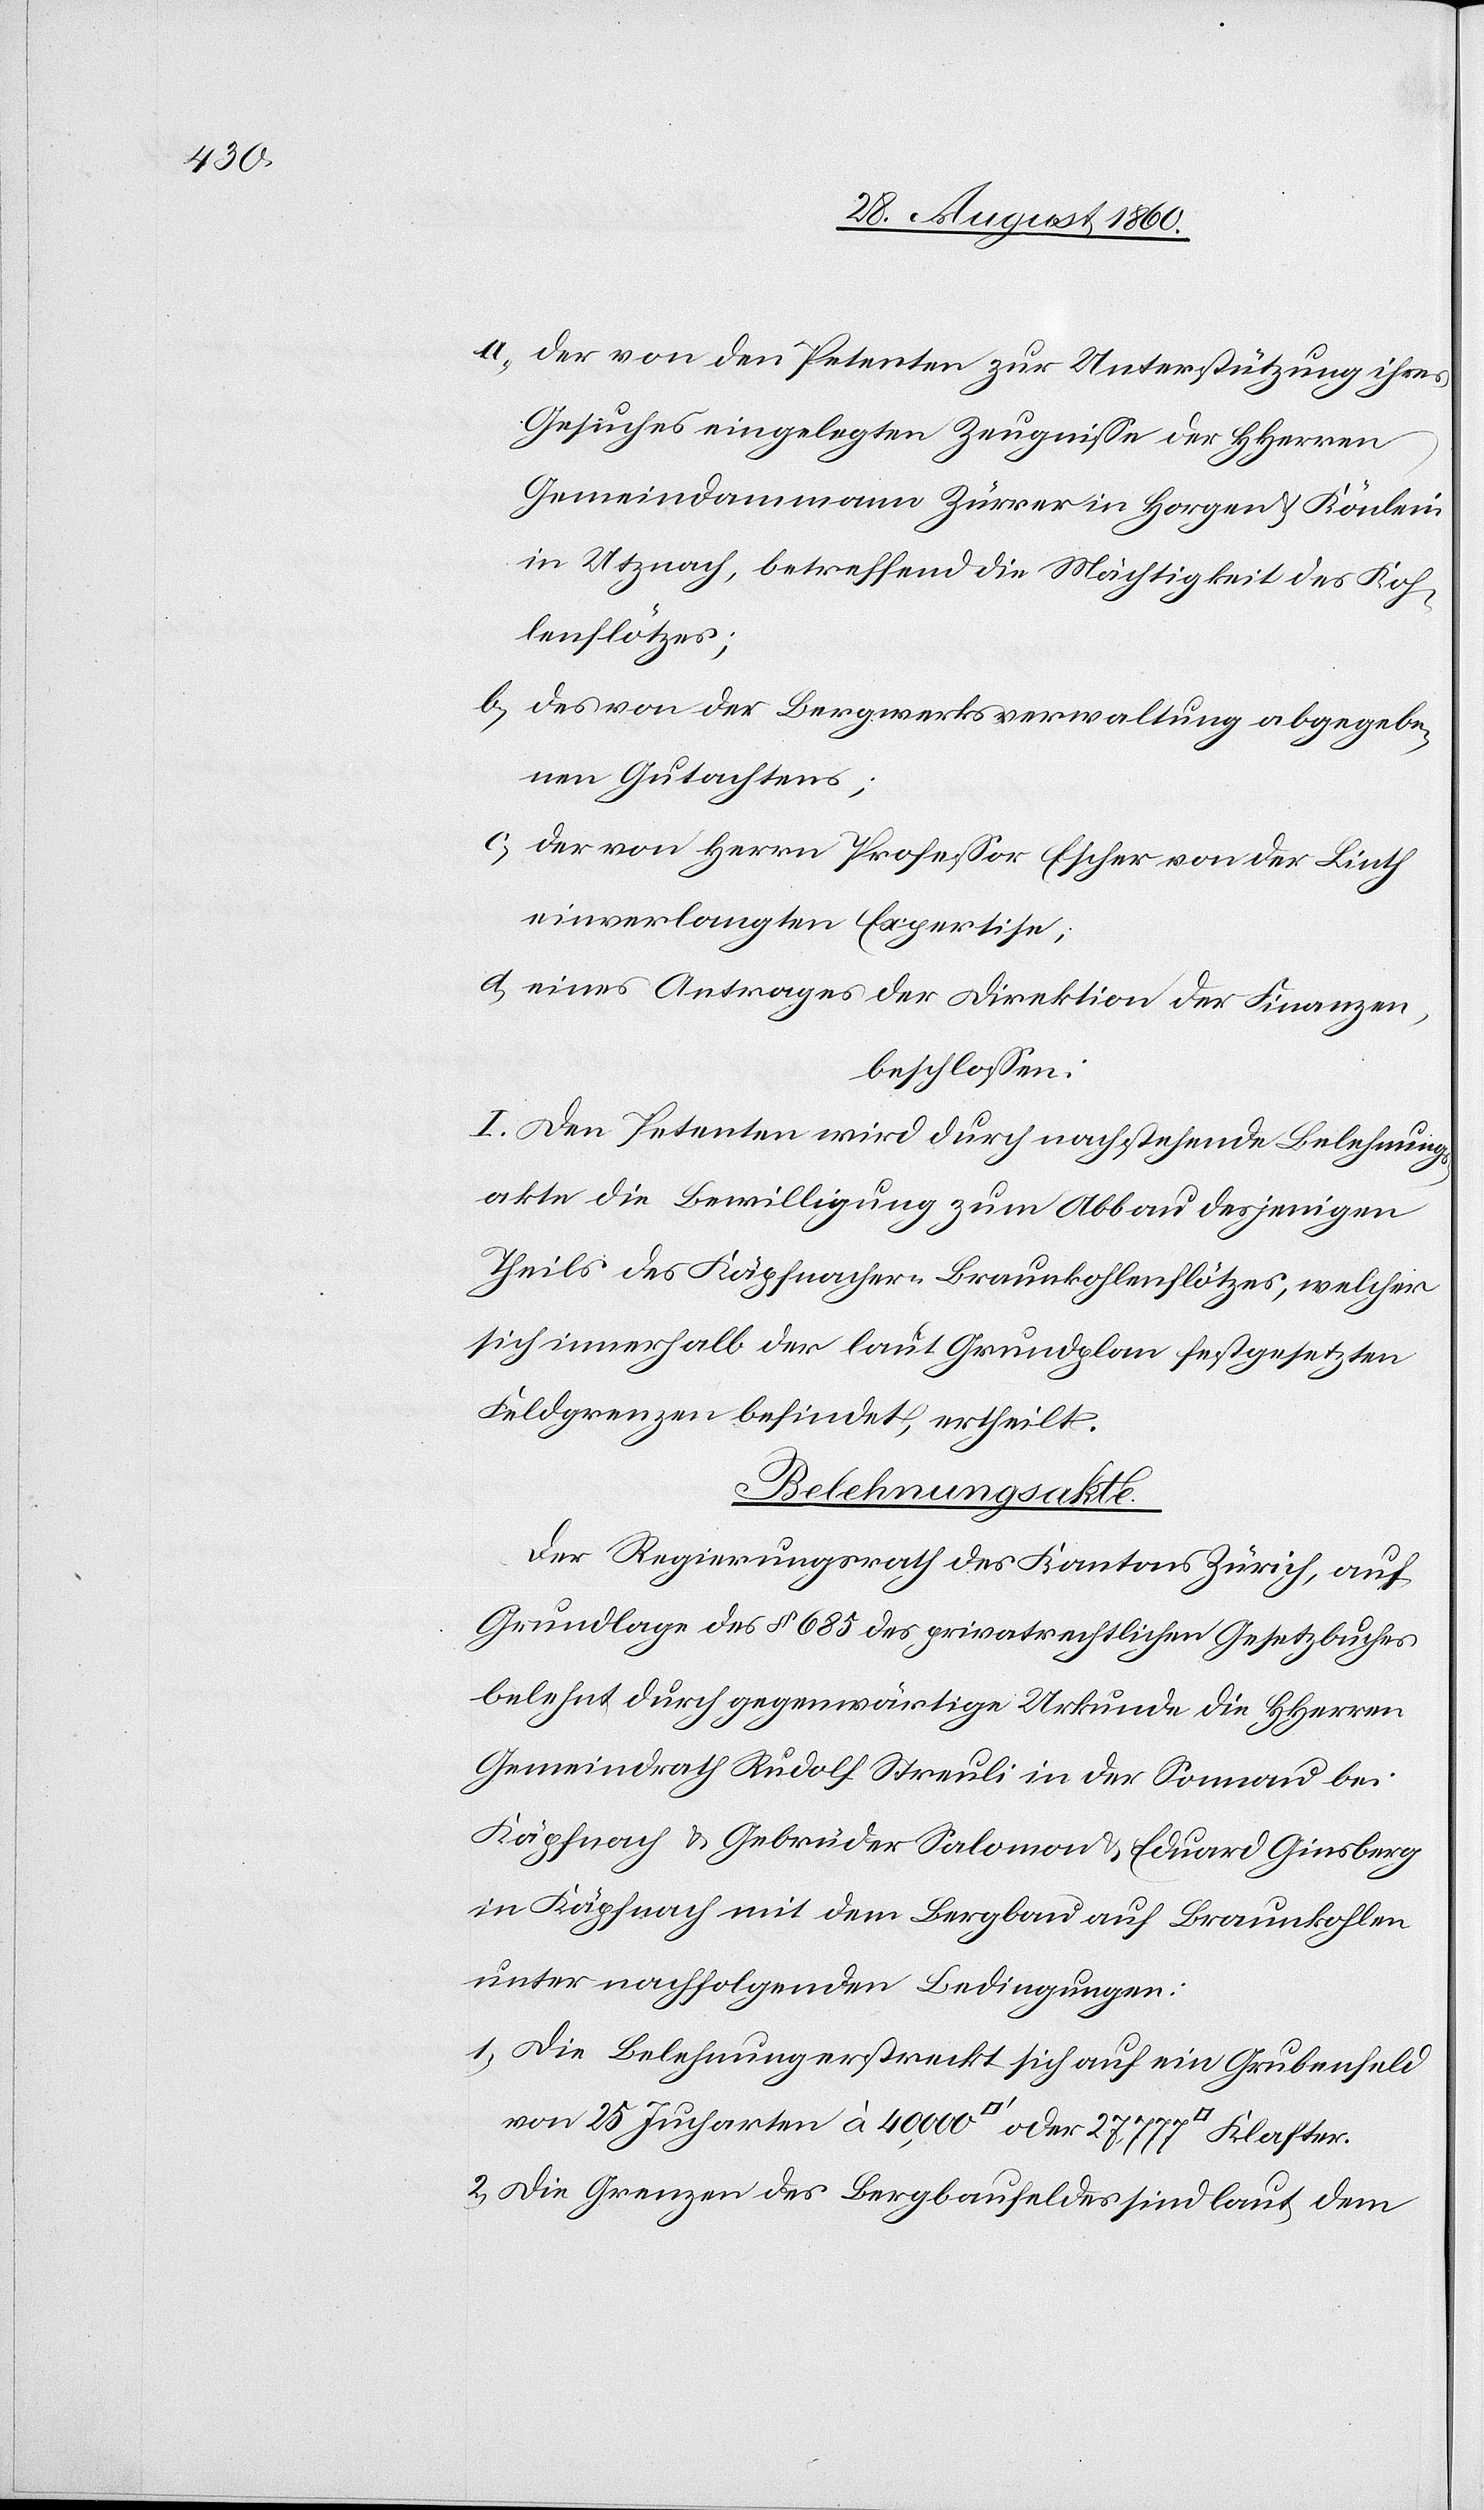
40 000

a) der von den Petenten zur Unterstützung ihres
Gesuches eingelegten Zeugnisse der HHerren
Gemeindammann Zürrer in Horgen u. Könlein
in Utznach, betreffend die Mächtigkeit des Koh¬
leflötzes;
b) des von der Bergwerksverwaltung abgegebe¬
nen Gutachtens;
c) der von Hrn. Professor Escher von der Linth
einverlangten Expertise;
d) eines Antrages der Direktion der Finanzen,
beschlossen:
I. Den Petenten wird durch nachstehende Belehnungs¬
akte die Bewilligung zum Abbau desjenigen
Theils des Käpfnacherbraunkohlenflötzes, welcher
sich innerhalb der laut Grundplan festgesetzten
Feldgrenzen befindet, ertheilt.
Belehnungsakten.
Der Regierungsrath des Kantons Zürich auf
Grundlage des §. 685 des privatrechtlichen Gesetzbuches
belehnt durch gegenwärtige Urkunde die HHerren
Gemeindrath Rudolf Streuli in der Somnau bei
Käpfnach u. Gebrüder Salomon u. Eduard Ginsberg
in Käpfnach mit dem Bergbau auf Braunkohlen
unter nachfolgenden Bedingungen:
1) Die Belehnung erstreckt sich auf ein Grubenfeld
2) Die Grenzen des Bergbaufeldes sind laut dem